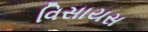
વિસાયસ